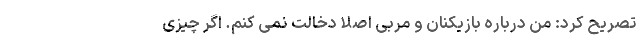
تصریح کرد: من درباره بازیکنان و مربی اصلا دخالت نمی کنم. اگر چیزی